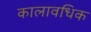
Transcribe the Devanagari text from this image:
कालावधिक